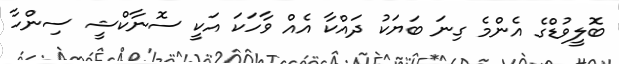
ބޮލީވުޑްގެ އެންމެ ގިނަ ބަޔަކު ދައްކާ އެއް ވާހަކަ އަކީ ސޮނާކްޝީ ސިންހާ